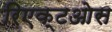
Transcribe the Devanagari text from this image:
रिएक्टओस